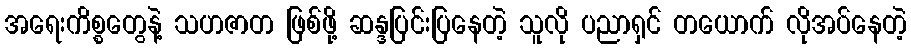
အရေးကိစ္စတွေနဲ့ သဟဇာတ ဖြစ်ဖို့ ဆန္ဒပြင်းပြနေတဲ့ သူလို ပညာရှင် တယောက် လိုအပ်နေတဲ့